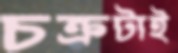
চক্রটাই